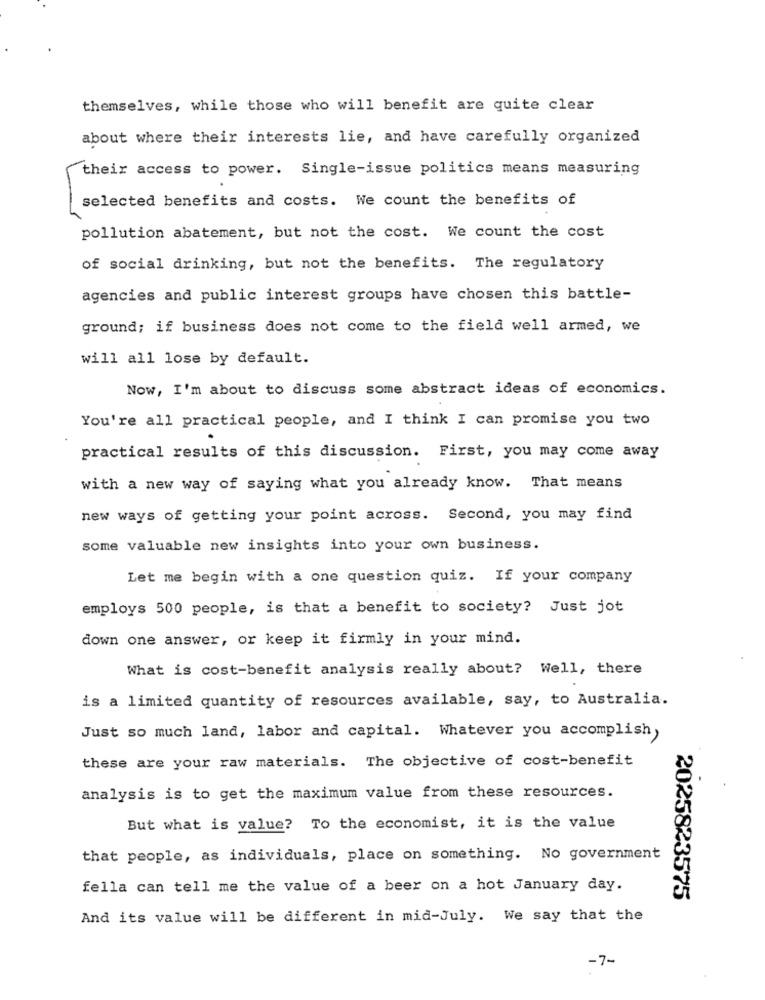
themselves, while those who will benefit are quite clear
about where their interests lie, and have carefully organized
their access to power. Single-issue politics means measuring
selected benefits and costs. We count the benefits of
pollution abatement, but not the cost. We count the cost
of social drinking, but not the benefits. The regulatory
agencies and public interest groups have chosen this battle-
ground; if business does not come to the field well armed, we
will all lose by default.
Now, I'm about to discuss some abstract ideas of economics.
You're all practical people, and I think I can promise you two
practical results of this discussion. First, you may come away
with a new way of saying what you already know. That means
new ways of getting your point across. Second, you may find
some valuable new insights into your own business.
Let me begin with a one question quiz. If your company
employs 500 people, is that a benefit to society? Just jot
down one answer, or keep it firmly in your mind.
What is cost-benefit analysis really about? Well, there
is a limited quantity of resources available, say, to Australia.
Just so much land, labor and capital. Whatever you accomplish,
these are your raw materials. The objective of cost-benefit
analysis is to get the maximum value from these resources.
But what is value? To the economist, it is the value
that people, as individuals, place on something. No government
fella can tell me the value of a beer on a hot January day.
2025823575
And its value will be different in mid-July. We say that the
-7-